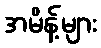
အမိန့်များ